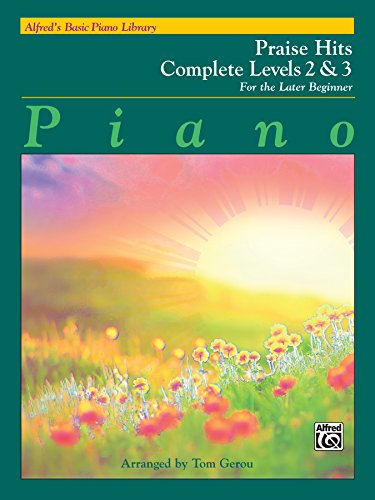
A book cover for Alfred's Basic Piano Course Praise Hits Complete, Bk 2 & 3: For the Later Beginner (Alfred's Basic Piano Library); Tom Gerou; Christian Books & Bibles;